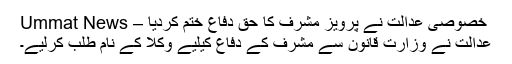
خصوصی عدالت نے پرویز مشرف کا حق دفاع ختم کردیا – Ummat News
عدالت نے وزارت قانون سے مشرف کے دفاع کیلیے وکلا کے نام طلب کرلیے۔